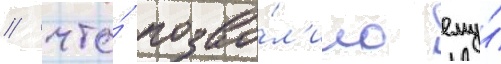
/ что́ позво́л'ило ему́